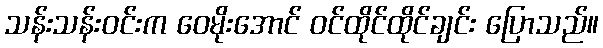
သန်းသန်းဝင်းက ဝေမိုးအောင် ဝင်ထိုင်ထိုင်ချင်း ပြောသည်။